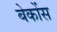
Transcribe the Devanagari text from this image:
बेकोंस